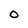
Character: O